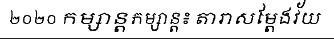
២០២០ កម្សាន្តកម្សាន្ត៖ តារាសម្តែងវ័យ